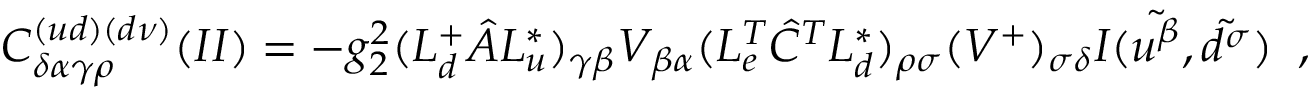
C _ { \delta \alpha \gamma \rho } ^ { ( u d ) ( d \nu ) } ( I I ) = - g _ { 2 } ^ { 2 } ( L _ { d } ^ { + } \hat { A } L _ { u } ^ { * } ) _ { \gamma \beta } V _ { \beta \alpha } ( L _ { e } ^ { T } \hat { C } ^ { T } L _ { d } ^ { * } ) _ { \rho \sigma } ( V ^ { + } ) _ { \sigma \delta } I ( \tilde { u ^ { \beta } } , \tilde { d ^ { \sigma } } ) \; \; ,